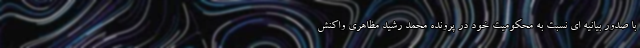
با صدور بیانیه ای نسبت به محکومیت خود در پرونده محمد رشید مظاهری واکنش